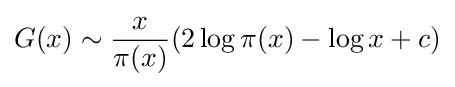
G(x)\sim {\frac {x}{\pi (x)}}(2\log \pi (x)-\log x+c)